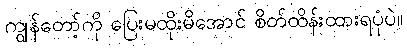
ကျွန်တော့်ကို ပြေးမထိုးမိအောင် စိတ်ထိန်းထားရပုံပဲ။